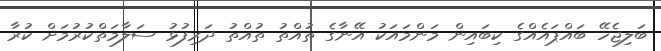
ބަލިޖެހޭ ބައްޕައެއްގެ ކިބައިން މަންމައަކު އޭނާގެ ތުއްތު ތުއްތު ދަރިފުޅު ސަލާމަތްކުރުމަށް ކުރާ